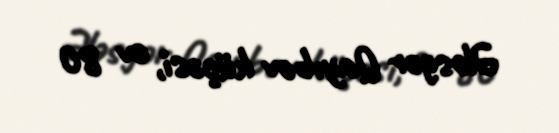
Ələsgər Qayıbov küçəsi, ev 80